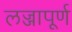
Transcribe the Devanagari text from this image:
लज्जापूर्ण